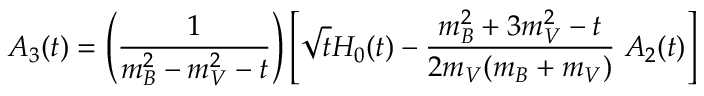
A _ { 3 } ( t ) = \left( \frac { 1 } { m _ { B } ^ { 2 } - m _ { V } ^ { 2 } - t } \right) \left[ \sqrt { t } H _ { 0 } ( t ) - \frac { m _ { B } ^ { 2 } + 3 m _ { V } ^ { 2 } - t } { 2 m _ { V } ( m _ { B } + m _ { V } ) } \; A _ { 2 } ( t ) \right]